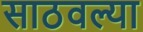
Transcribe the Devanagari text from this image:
साठवल्या